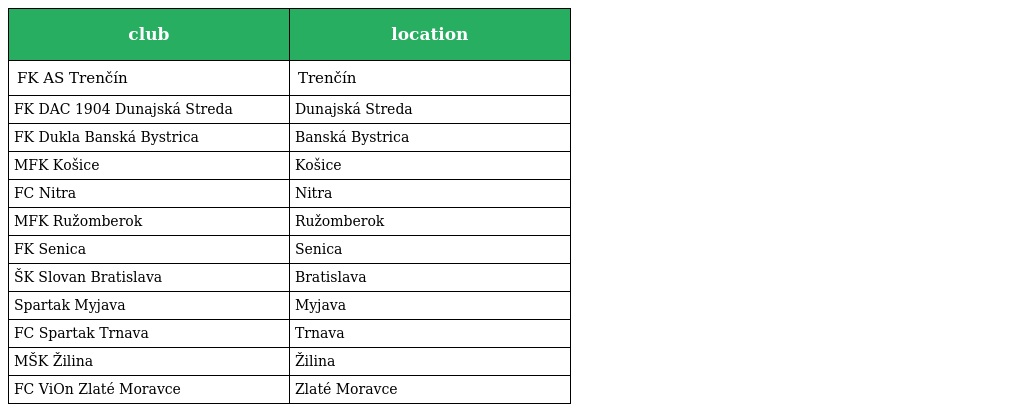
| club | location |
 | --- | --- |
 | FK AS Trenčín | Trenčín |
 | FK DAC 1904 Dunajská Streda | Dunajská Streda |
 | FK Dukla Banská Bystrica | Banská Bystrica |
 | MFK Košice | Košice |
 | FC Nitra | Nitra |
 | MFK Ružomberok | Ružomberok |
 | FK Senica | Senica |
 | ŠK Slovan Bratislava | Bratislava |
 | Spartak Myjava | Myjava |
 | FC Spartak Trnava | Trnava |
 | MŠK Žilina | Žilina |
 | FC ViOn Zlaté Moravce | Zlaté Moravce |